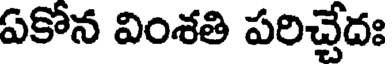
ఏకోన వింశతి పరిచ్చేదః